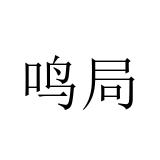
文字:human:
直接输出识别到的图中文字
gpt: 鸣局